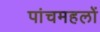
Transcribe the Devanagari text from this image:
पांचमहलों